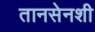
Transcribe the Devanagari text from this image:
तानसेनशी